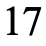
17